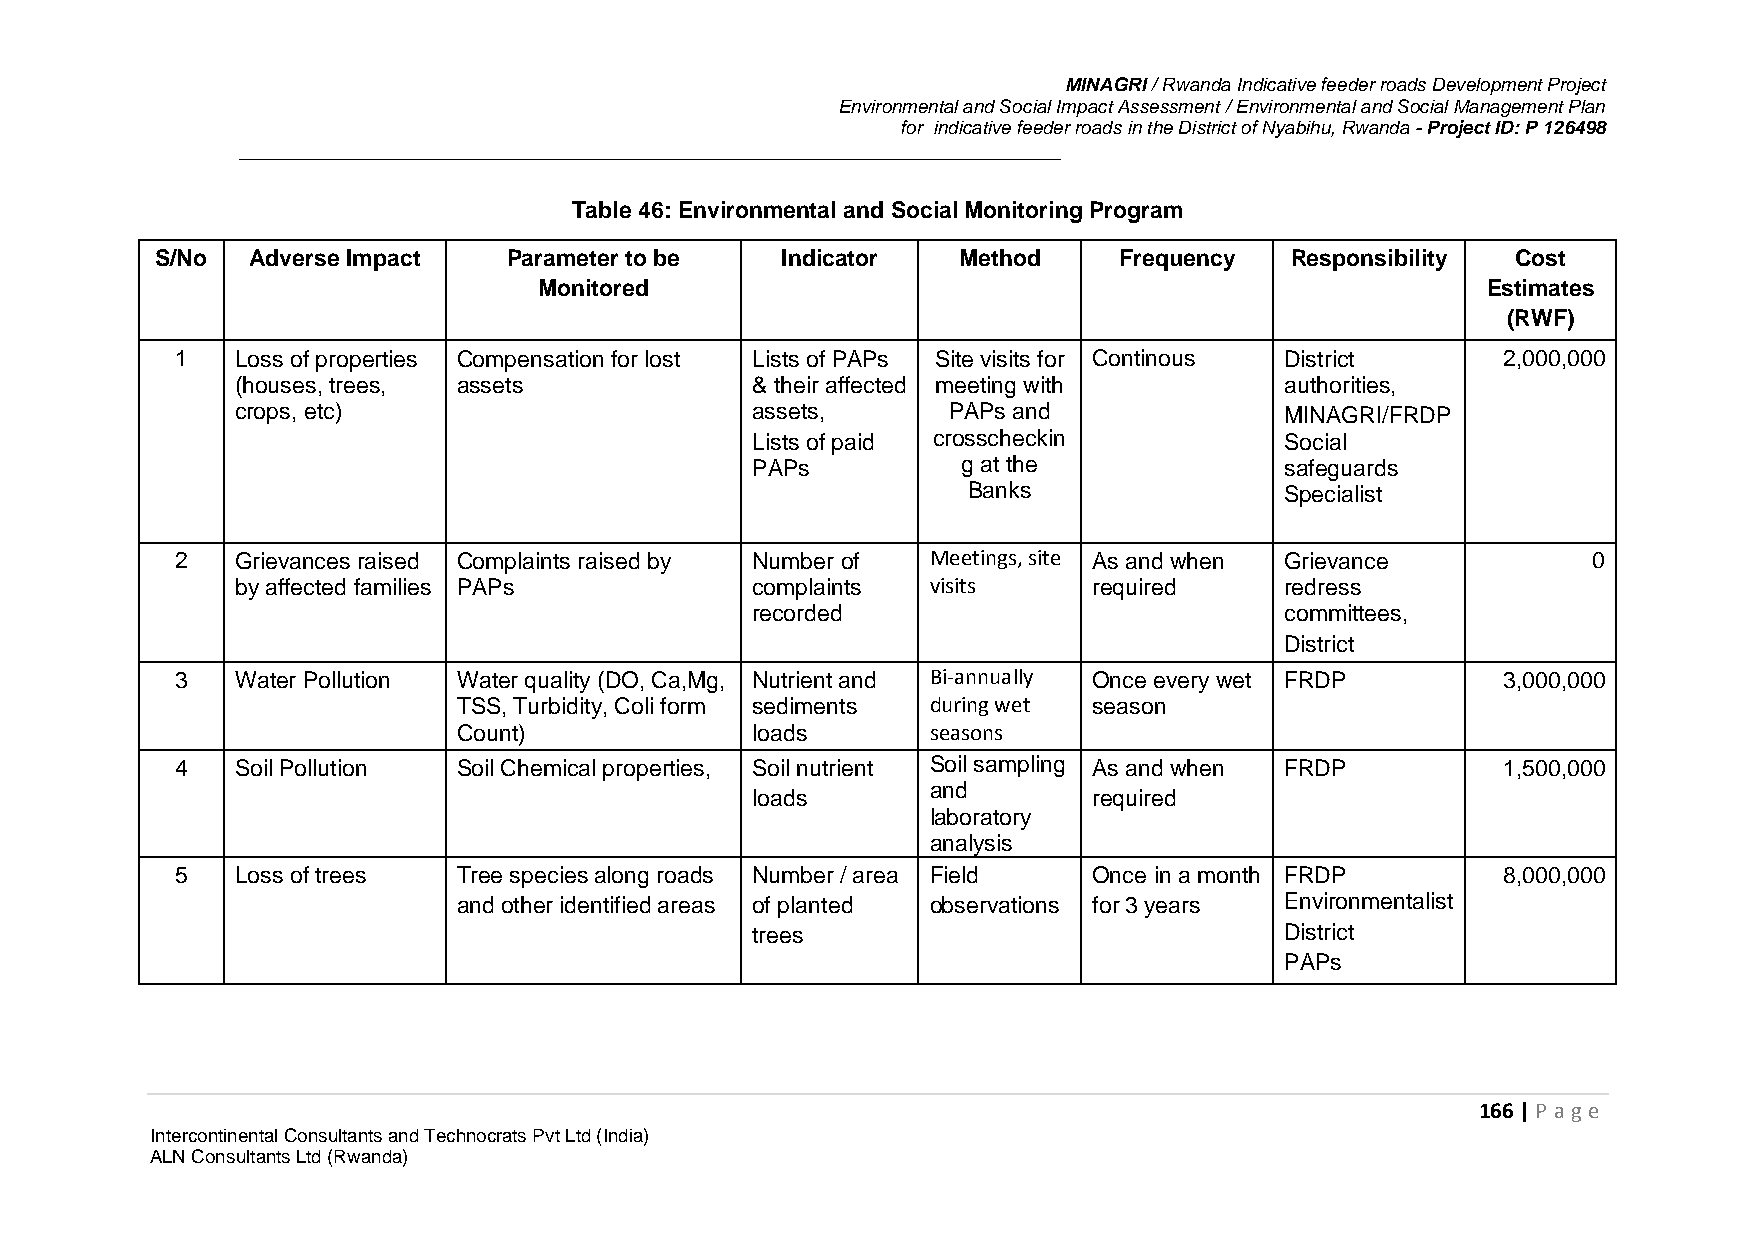
MINAGRI / Rwanda Indicative feeder roads Development Project
 Environmental and Social Impact Assessment / Environmental and Social Management Plan
 for indicative feeder roads in the District of Nyabihu, Rwanda - Project ID: P 126498
 Table 46: Environmental and Social Monitoring Program
 S/No  Adverse Impact    Parameter to be   Indicator  Method     Frequency  Responsibility Cost
 Monitored                                                     Estimates
 (RWF)
 1   Loss of properties Compensation for lost Lists of PAPs Site visits for Continous District 2,000,000
 (houses, trees, assets            & their affected meeting with      authorities,
 crops, etc)                       assets,      PAPs and              MINAGRI/FRDP
 Lists of paid crosscheckin         Social
 PAPs          g at the             safeguards
 Banks                Specialist
 2   Grievances raised Complaints raised by Number of Meetings, site As and when Grievance    0
 by affected families PAPs         complaints  visits    required     redress
 recorded                           committees,
 District
 3   Water Pollution Water quality (DO, Ca,Mg, Nutrient and Bi-annually Once every wet FRDP 3,000,000
 TSS, Turbidity, Coli form sediments during wet season
 Count)              loads       seasons
 4   Soil Pollution Soil Chemical properties, Soil nutrient Soil sampling As and when FRDP 1,500,000
 and
 loads                 required
 laboratory
 analysis
 5   Loss of trees Tree species along roads Number / area Field Once in a month FRDP    8,000,000
 and other identified areas of planted observations for 3 years Environmentalist
 trees                              District
 PAPs
 166 | P age
 Intercontinental Consultants and Technocrats Pvt Ltd (India)
 ALN Consultants Ltd (Rwanda)